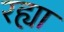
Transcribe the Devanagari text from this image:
रह्या